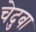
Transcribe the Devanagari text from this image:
चेदुबा